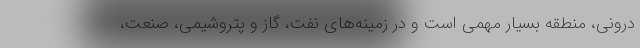
درونی، منطقه بسیار مهمی است و در زمینه‌های نفت، گاز و پتروشیمی، صنعت،